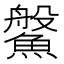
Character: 𩺓